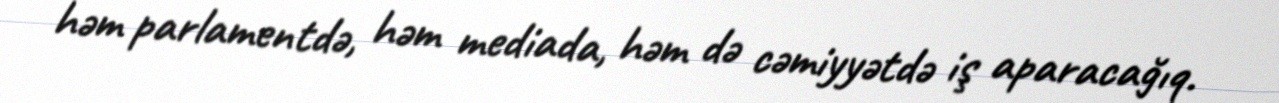
həm parlamentdə, həm mediada, həm də cəmiyyətdə iş aparacağıq.